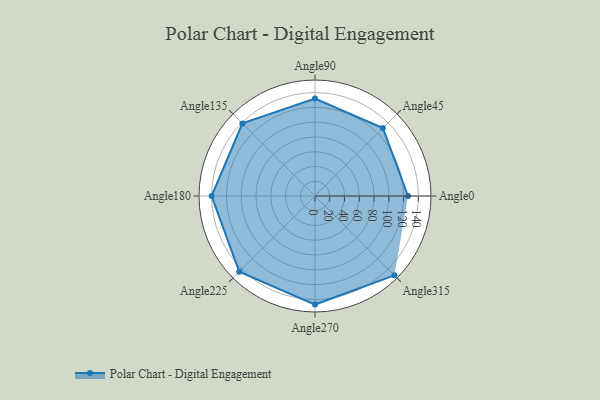
{"axis": {"x": "Angle", "y": "Radius"}, "legend": [""], "data": [{"x": "Angle0", "y": 126.0, "type": ""}, {"x": "Angle45", "y": 130.0, "type": ""}, {"x": "Angle90", "y": 132.0, "type": ""}, {"x": "Angle135", "y": 139.0, "type": ""}, {"x": "Angle180", "y": 140.0, "type": ""}, {"x": "Angle225", "y": 145.0, "type": ""}, {"x": "Angle270", "y": 147.0, "type": ""}, {"x": "Angle315", "y": 152.0, "type": ""}]}